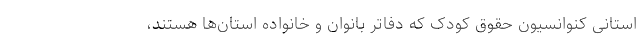
استانی کنوانسیون حقوق کودک که دفاتر بانوان و خانواده استان‌ها هستند،